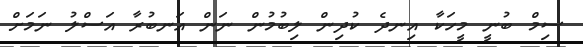
ސިމް ބުނީ މީހަކާ އިނދެ ކުދިން ލިބުމުން ނަން އަނބުރާ އަސްލު ނަމަށް